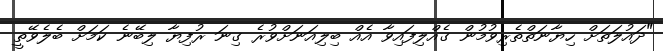
"ދައުލަތަށް ހިޔާނަތްތެރިވުމުން ގެއްލިފައިވާ އެއް ބިލިއަނަށްވުރެ ގިނަ ރުފިޔާ ލިބޭނެ ކަމަށް ބެލެވޭތީ